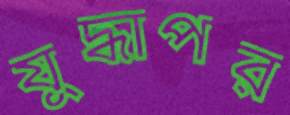
যুদ্ধাপর